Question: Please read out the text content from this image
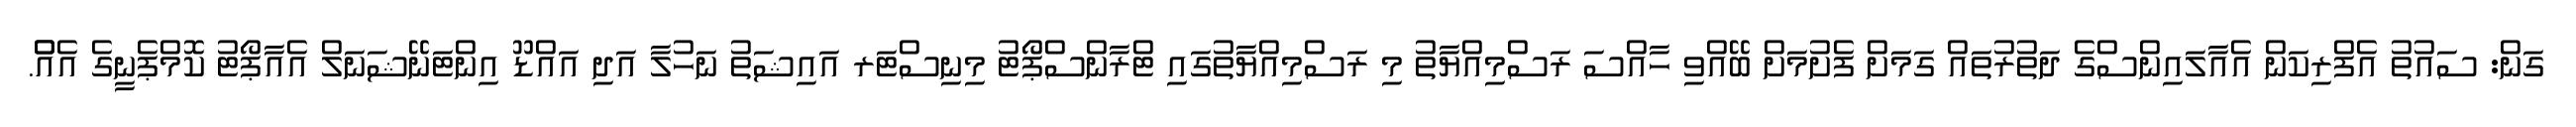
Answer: ގަން: ސައުތު އެފްރިކަން އެއާލައިންސްގެ ދަތުރުތައް ގަމަށް ފެށުމަށް ބޭއްވި ހާއްސަ ރަސްމިއްޔާތު މި ރަސްމިއްޔާތުގައި ޓްރާންސްޕޯޓު މިނިސްޓަރ އައިޝަތު ނަހުލާ އަދި އައްޑޫ އިންޓަނޭޝަނަލް އެއާޕޯޓު ކޮމްޕެނީގެ އެއްް.